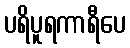
ပရိပူရကာရီပေ